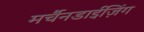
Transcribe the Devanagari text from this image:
मर्चैनडाईज़िंग